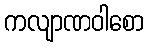
ကလျာဏဝါစော